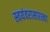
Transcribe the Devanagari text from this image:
स्वयंवरासारख्या